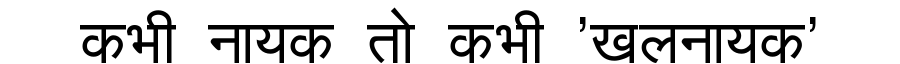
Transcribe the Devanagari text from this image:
कभी नायक तो कभी 'खलनायक'